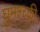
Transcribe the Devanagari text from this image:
घुमश्च्क्री